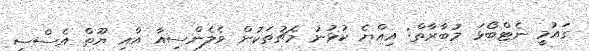
ގައުމީ ނެޓްބޯޅަ މުބާރާތް: އިއްޔެ ކުޅުނު މެޗުތަކުން ވެލެންސިއާ އާއި ޔޫތް އެސްސީ